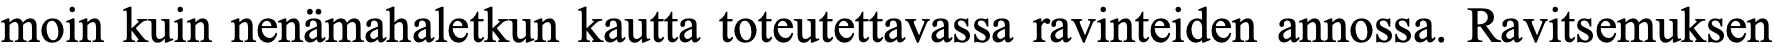
moin kuin nenämahaletkun kautta toteutettavassa ravinteiden annossa. Ravitsemuksen